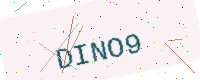
Text: DINO9